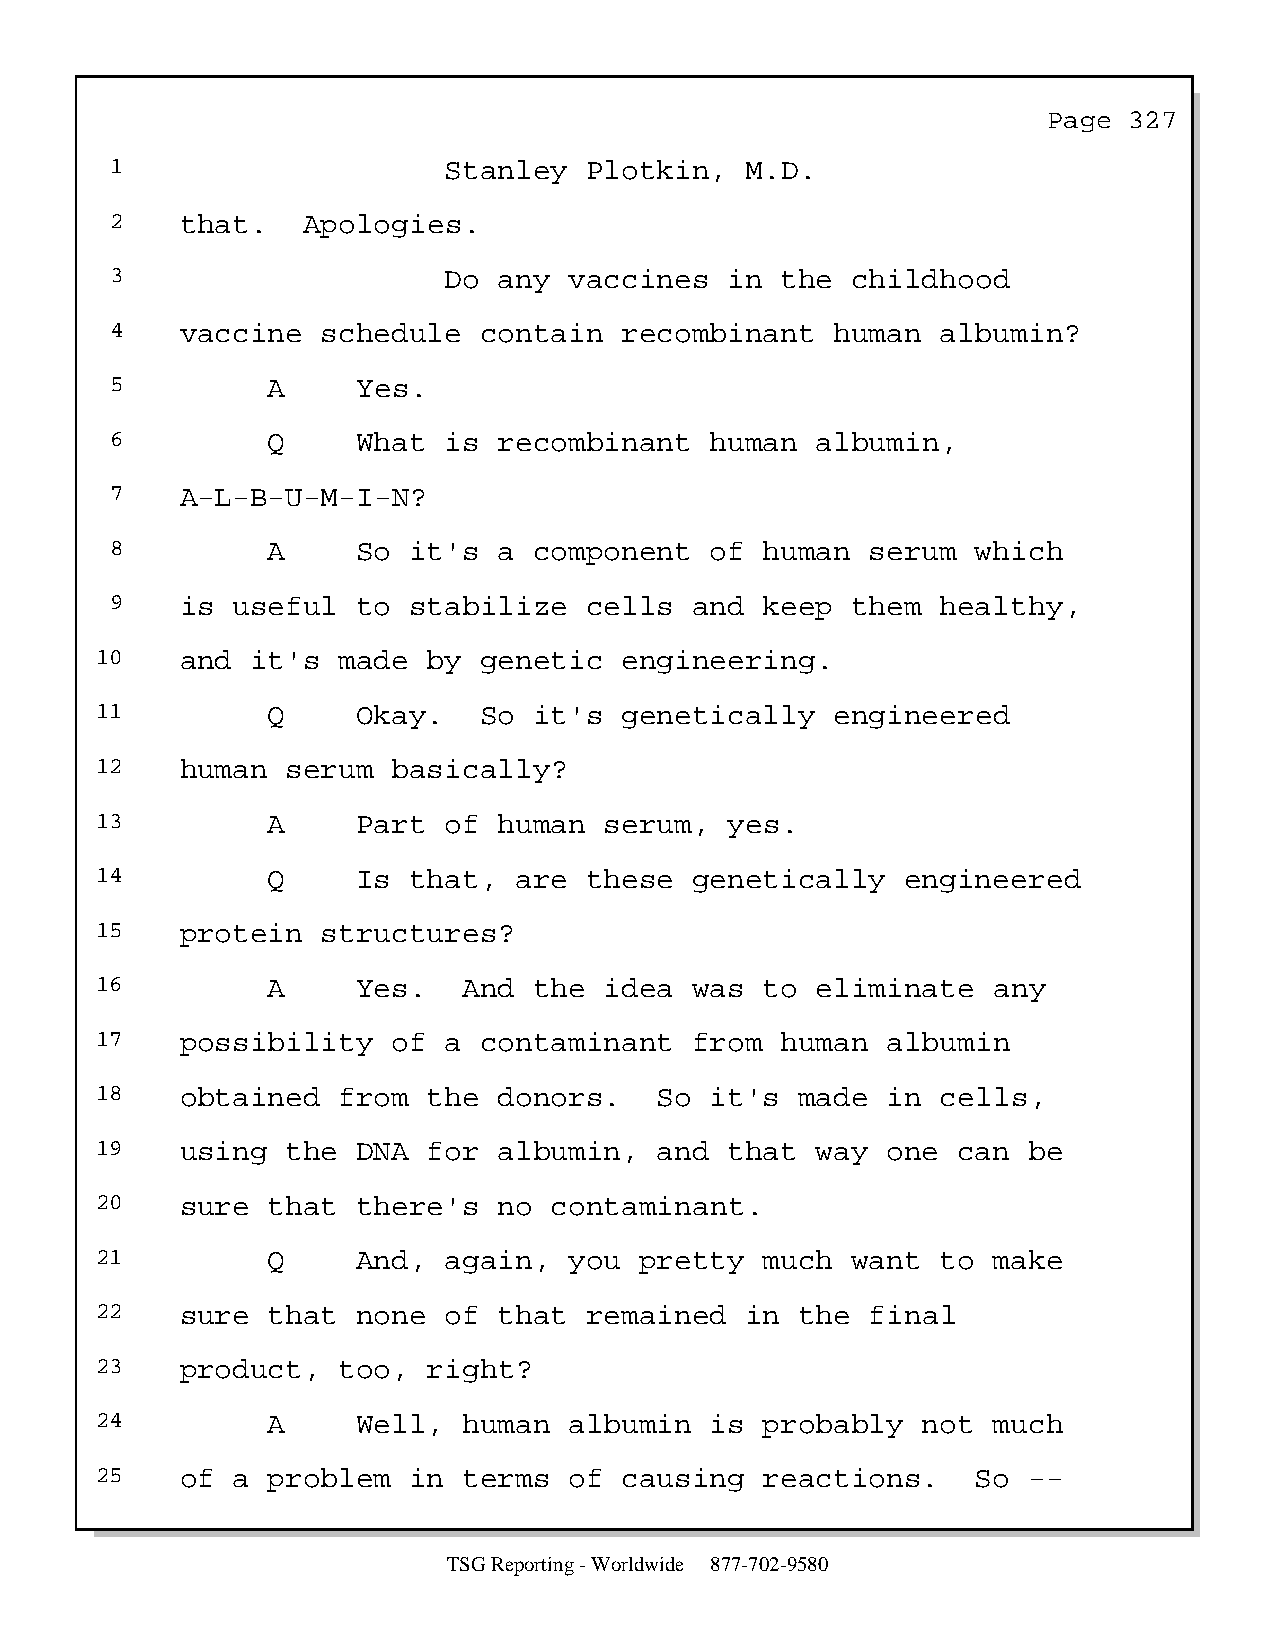
Page  327
 1                     Stanley   Plotkin,  M.D.
 2    that.   Apologies.
 3                     Do  any  vaccines  in  the childhood
 4    vaccine  schedule   contain  recombinant   human  albumin?
 5          A     Yes.
 6          Q     What is  recombinant   human  albumin,
 7    A-L-B-U-M-I-N?
 8          A     So it's  a component   of  human  serum  which
 9    is useful   to stabilize   cells  and  keep them  healthy,
 10    and  it's made  by  genetic  engineering.
 11          Q     Okay.   So it's  genetically   engineered
 12    human  serum  basically?
 13          A     Part of  human  serum,  yes.
 14          Q     Is that,  are  these  genetically   engineered
 15    protein  structures?
 16          A     Yes.   And the  idea  was  to eliminate   any
 17    possibility   of a  contaminant   from  human  albumin
 18    obtained  from  the  donors.    So it's  made  in cells,
 19    using  the  DNA for  albumin,   and that  way  one can  be
 20    sure  that  there's  no contaminant.
 21          Q     And, again,   you pretty   much want  to  make
 22    sure  that  none of  that  remained  in  the  final
 23    product,  too,  right?
 24          A     Well,  human  albumin  is  probably  not  much
 25    of a  problem  in  terms  of causing   reactions.    So --
 TSG Reporting - Worldwide 877-702-9580